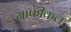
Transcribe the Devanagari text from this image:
ग्राफीकल